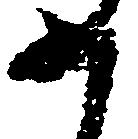
如